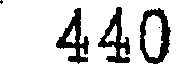
440